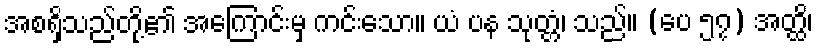
အစရှိသည်တို့၏ အကြောင်းမှ ကင်းသော။ ယံ ပန သုတ္တံ၊ သည်။ (ပေ ၅၇) အတ္ထိ၊